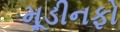
મૂડીનફો